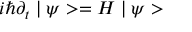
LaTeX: i \hbar \partial _ { t } \mid \psi > = H \mid \psi >